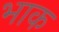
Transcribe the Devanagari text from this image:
भाक